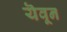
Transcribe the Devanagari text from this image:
यॆवून